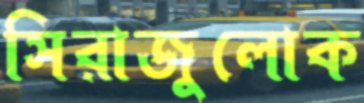
সিরাজুলোক